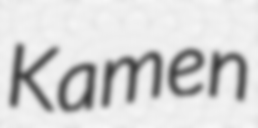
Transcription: Kamen